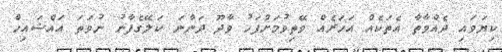
ކިޔަވައި ދެއްވާތާ އެތަކެއް އަހަރެއް ވޭތިވުމަށްފަހު ވާދޫ ދަންނަ ކަލޭގެފާނު ނުވަތަ އައްޝައިޚް